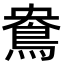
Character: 鴦